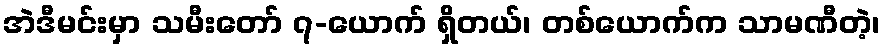
အဲဒီမင်းမှာ သမီးတော် ၇-ယောက် ရှိတယ်၊ တစ်ယောက်က သာမဏီတဲ့၊